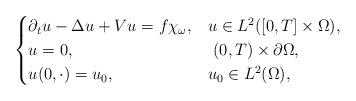
LaTeX: \begin{align*} \begin{cases}\partial_t u - \Delta u + Vu = f\chi_{\omega}, & u \in L^2([0,T] \times \Omega), \\u = 0, & \ (0,T) \times \partial \Omega , \\u(0,\cdot) =u_0, & u_0\in L^2(\Omega), \end{cases} \end{align*}